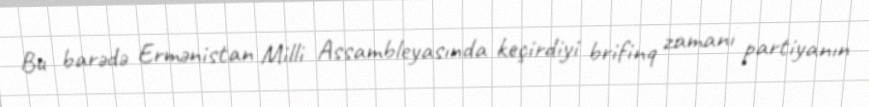
Bu barədə Ermənistan Milli Assambleyasında keçirdiyi brifinq zamanı partiyanın